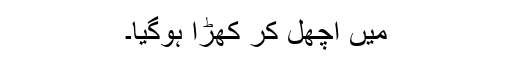
میں اُچھل کر کھڑا ہوگیا۔